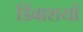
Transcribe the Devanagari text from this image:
डिंबाशयों